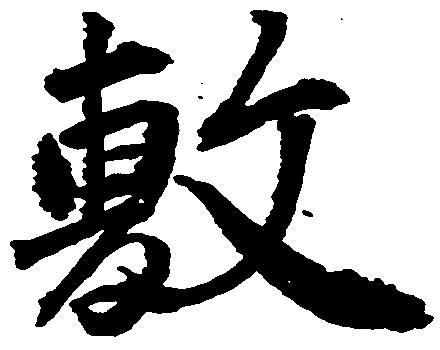
敷